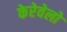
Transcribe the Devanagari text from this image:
केरेवेलो